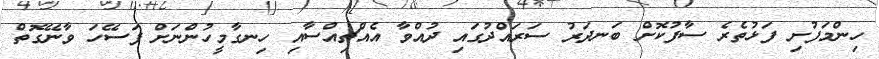
ހިންމަފުށި ފަޅުތެރެ ސާފުކޮށް ބަނދަރު ސަރައްދުގައި ދުއްވާ އެއްޗިއްސާއި ހިނގާމީހުންނަށް ފަސޭހަ ވާނޭގޮތް